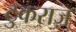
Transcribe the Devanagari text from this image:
टुकराज़